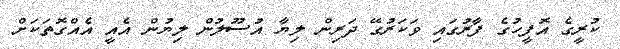
ކުރީގެ އޮފީހުގެ ފާރުގައި ވަކަރުގޭ ދަރިން ލިޔާ އުސޫލުން ލިޔުން އެއީ އެއްގޮތަކަށް